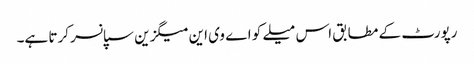
رپورٹ کے مطابق اس میلے کو اے وی این میگزین سپانسر کرتا ہے۔